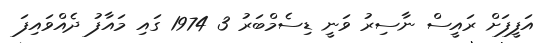
އަފީފަށް ރައީސް ނާސިރު ވަނީ ޑިސެމްބަރު 3 1974 ގައި މައާފު ދެއްވައިފަ